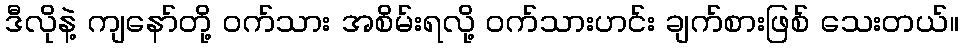
ဒီလိုနဲ့ ကျနော်တို့ ဝက်သား အစိမ်းရလို့ ဝက်သားဟင်း ချက်စားဖြစ် သေးတယ်။